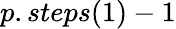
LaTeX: p.steps(1)-1